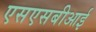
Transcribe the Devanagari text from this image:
एसएसबीआई